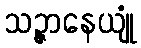
သဉ္ဇာနေယျုံ